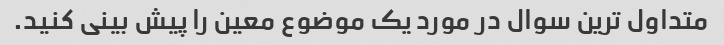
متداول ترین سوال در مورد یک موضوع معین را پیش بینی کنید.